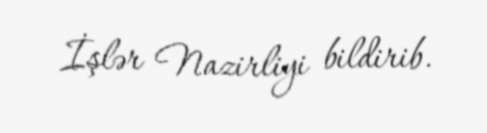
İşlər Nazirliyi bildirib.